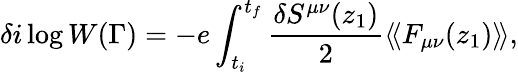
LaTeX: \delta i\log W(\Gamma)=-{e}\int_{t_{i}}^{t_{f}}{\frac{\delta S^{\mu\nu}(z_{1})}{2}}\langle\! \langle F_{\mu\nu}(z_{1})\rangle\! \rangle,